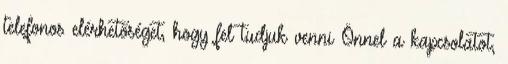
telefonos elérhetőséget, hogy fel tudjuk venni Önnel a kapcsolatot,